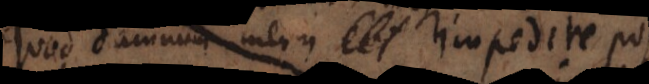
quod damnum meum impedire poss